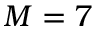
M = 7